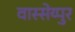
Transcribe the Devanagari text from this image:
वास्सेय्पुर